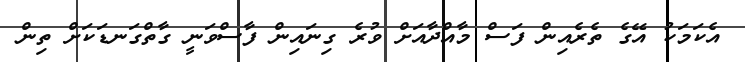
އެކަމަކު އޭގެ ތެރެއިން ފަސް މާއްދާއަށް ވުރެ ގިނައިން ފާސްވަނީ ގާތްގަނޑަކަށް ތިން